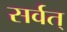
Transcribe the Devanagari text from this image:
सर्वत्